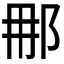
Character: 𮟯